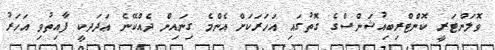
ވޮލަންޓަރީ ކޮންޓްރިބިއުޝަންސްގެ ގޮތުގައި އަހަރަކަށް އެންމެ ގިނައިން ދެއްކޭނެ ޢަދަދކީ ފާއިތުވި އަހަރު